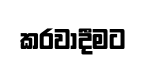
කරවාදීමට